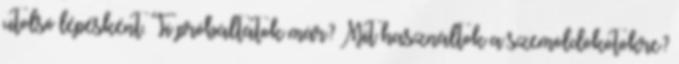
utolsó lépésként. Ti próbáltátok már? Mit használtok a szemöldökötökre?